Code of medical and sanitary regulations for the guidance of medical officers serving in the Madras Presidency - Volume II
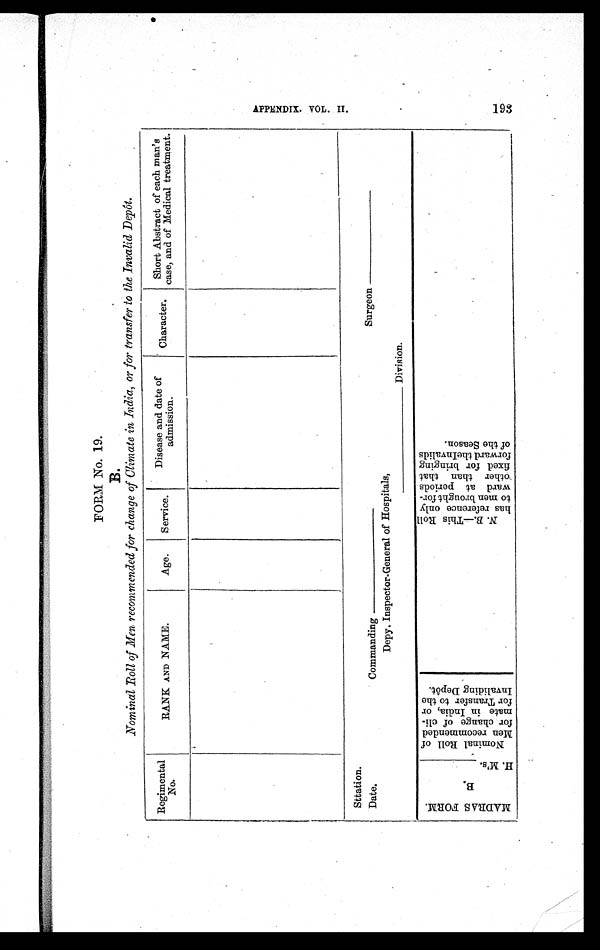
FORM No. 19.
B.
Nominal Roll of Men recommended for change of Climate in India, or for transfer to the Invalid Depôt.
Regimental
No.
RANK AND NAME.
Age.
Service.
Disease and date of
admission.
Character.
Short Abstract of each man's
case, and of Medical treatment.
Sttation.
Date.
Commanding ___________ Surgeon ___________
Depy. Inspector-General of Hospitals,
___________ Division.
M A D R A S F R O M .
B .
H . M ' s .
N o m i n a l R o l l o f
M e n r e c o m m e n d e d
f o r c h a n g e o f c l i -
m a t e i n I n d i a , o r
f o r T r a n s f e r t o t h e
I n v a l i d i n g D e p ô t .
N . B .
— T h i s R o l l
h a s r e f e r e n c e o n l y
t o m e n b r o u g h t f o r -
w a r d a t p e r i o d s
o t h e r t h a n t h a t
f i x e d f o r b r i n g i n g
f o r w a r d t h e I n v a l i d s
o f t h e S e a s o n .
A P P E N D I X . V O L . I I .
193